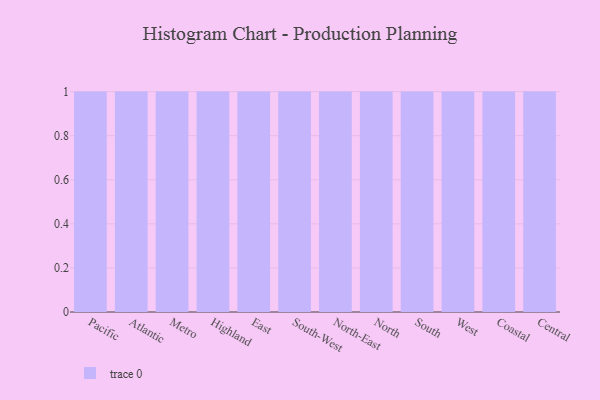
{"axis": {"x": "Region", "y": "Headcount"}, "legend": [""], "data": [{"x": "Pacific", "y": 52, "type": ""}, {"x": "Atlantic", "y": 59, "type": ""}, {"x": "Metro", "y": 20, "type": ""}, {"x": "Highland", "y": 82, "type": ""}, {"x": "East", "y": 69, "type": ""}, {"x": "South-West", "y": 35, "type": ""}, {"x": "North-East", "y": 96, "type": ""}, {"x": "North", "y": 76, "type": ""}, {"x": "South", "y": 26, "type": ""}, {"x": "West", "y": 44, "type": ""}, {"x": "Coastal", "y": 24, "type": ""}, {"x": "Central", "y": 98, "type": ""}]}